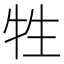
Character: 牲